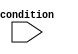
module if_else_statement(
    input wire condition
);

    reg operation_result;

    always @(*) begin
        if (condition) begin
            // Block of code to be executed if condition is true
            operation_result = 1'b1;
        end else if (~condition) begin
            // Block of code to be executed if condition is false
            operation_result = 1'b0;
        end
    end

endmodule